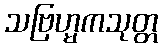
သဗြဟ္မကသုတ္တ